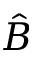
\hat { B }